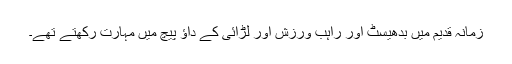
زمانہ قدیم میں بدھیسٹ اور راہب ورزش اور لڑائی کے داؤ پیچ میں مہارت رکھتے تھے۔